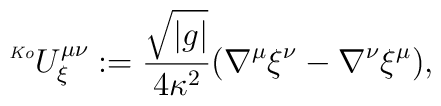
\ ^{\mbox{\tiny \it Ko}}U_{\xi}^{\mu \nu }:=\frac{\sqrt{\left|g\right|}}{4 \kappa ^{2}} (\nabla^{\mu} \xi^{\nu}-\nabla^{\nu}\xi^{\mu}),